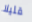
قليلا